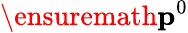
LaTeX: \ensuremath{\mathbf{p}}^{0}